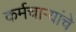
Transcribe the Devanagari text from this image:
कर्मचार्‍यांचे